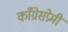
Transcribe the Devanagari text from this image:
काँग्रेसप्रेमी